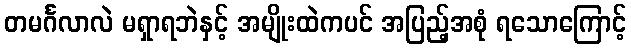
တမင်္ဂလာလဲ မရှာရဘဲနှင့် အမျိုးထဲကပင် အပြည့်အစုံ ရသောကြောင့်